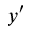
y ^ { \prime }